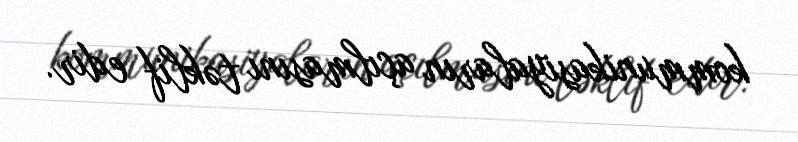
kommunikasiyaların açılmasını təklif edir.